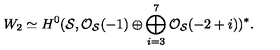
W _ { 2 } \simeq H ^ { 0 } ( { \cal S } , { \cal O } _ { { \cal S } } ( - 1 ) \oplus \bigoplus _ { i = 3 } ^ { 7 } { \cal O } _ { { \cal S } } ( - 2 + i ) ) ^ { * } .